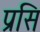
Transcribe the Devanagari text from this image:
प्रसि